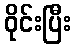
ဝိုင်းပြီး